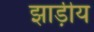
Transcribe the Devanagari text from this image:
झाड़ीय